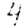
Digit: 4